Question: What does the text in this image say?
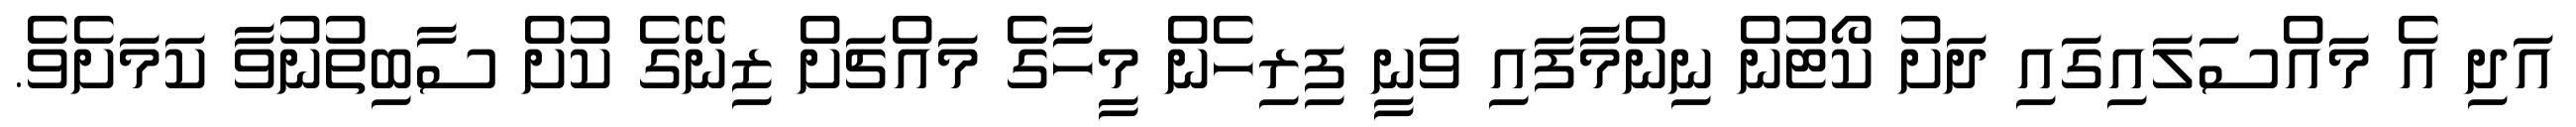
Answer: އަދި އެ މައްސަލައިގައި ދަށު ކޯޓުން ނިންމާފައި ވަނީ ފިރިހެން މީހާގެ މައްޗަށް ޒިނޭގެ ކުށް ސާބިތުނުވާ ކަމަށެވެ.